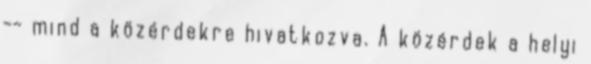
-- mind a közérdekre hivatkozva. A közérdek a helyi